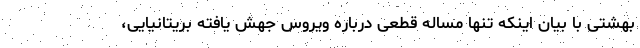
بهشتی با بیان اینکه تنها مساله قطعی درباره ویروس جهش یافته بریتانیایی،